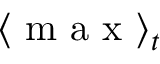
\langle \mathrm { ~ m ~ a ~ x ~ } \rangle _ { t }